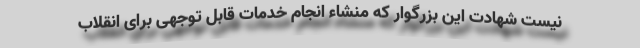
نیست شهادت این بزرگوار که منشاء انجام خدمات قابل توجهی برای انقلاب